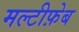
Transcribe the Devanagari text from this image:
मल्टीफ़ेब